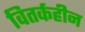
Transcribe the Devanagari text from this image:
वितर्कहीन